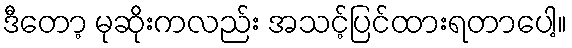
ဒီတော့ မုဆိုးကလည်း အသင့်ပြင်ထားရတာပေါ့။